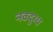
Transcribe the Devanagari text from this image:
नवदुग्ध